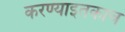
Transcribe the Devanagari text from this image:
करण्याइतकाच